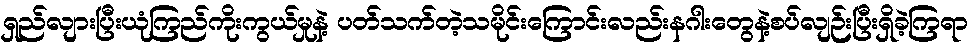
ရှည်လျားပြီးယုံကြည်ကိုးကွယ်မှုနဲ့ ပတ်သက်တဲ့သမိုင်းကြောင်းလည်းနဂါးတွေနဲ့စပ်လျဉ်းပြီးရှိခဲ့ကြရာ